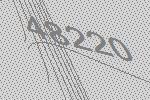
48220